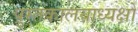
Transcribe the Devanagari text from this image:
पुस्तकालयाध्यक्षों